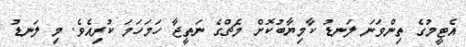
އެޓީމުގެ ތިންވަނަ ލަނޑު ކާމިޔާބުކޮށް މެޗްގެ ނަތީޖާ ހަމަހަމަ ކުރިއެވެ. މި ލަނޑު